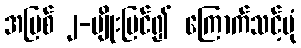
အပြစ် ၂-မျိုးမြင်၍ ကြောက်သင့်ပုံ